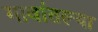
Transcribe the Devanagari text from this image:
गावांतल्या